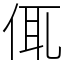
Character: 㑙